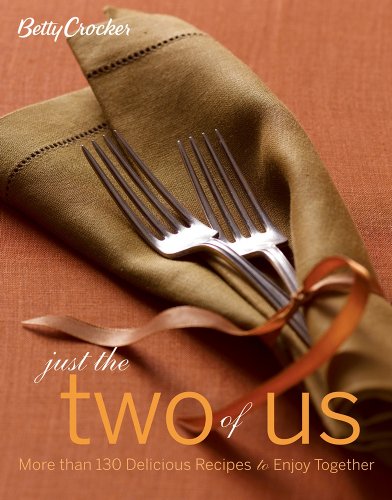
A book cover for Betty Crocker Just the Two of Us Cookbook: More than 130 Delicious Recipes to Enjoy Together (Betty Crocker Cooking); Betty Crocker; Cookbooks, Food & Wine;